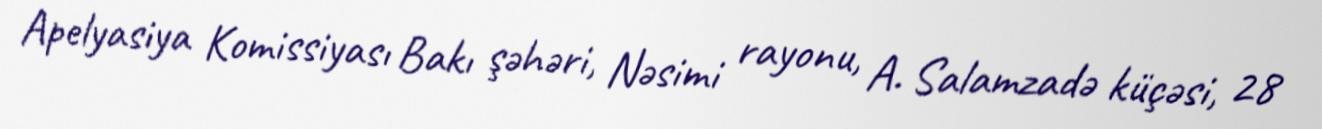
Apelyasiya Komissiyası Bakı şəhəri, Nəsimi rayonu, A. Salamzadə küçəsi, 28